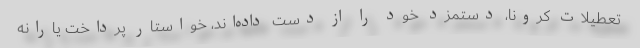
تعطیلات کرونا، دستمزد خود را از دست داده‌اند، خواستار پرداخت یارانه